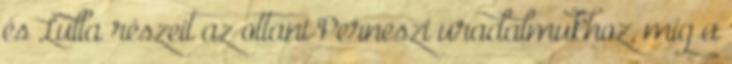
és Lulla részeit az ottani Perneszi uradalmukhoz, míg a